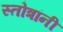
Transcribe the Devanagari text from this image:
स्तोत्रांनी